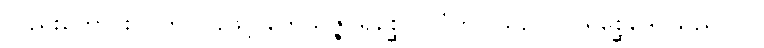
လည်းကောင်း။ (ဤပါဌ်ဖြင့် ဘေသဇ္ဇပရိစ္ဆေပပြုပုံကိုပြသည်၊) ပရိစ္ဆေဒေါ သည်။ ဝါ၊